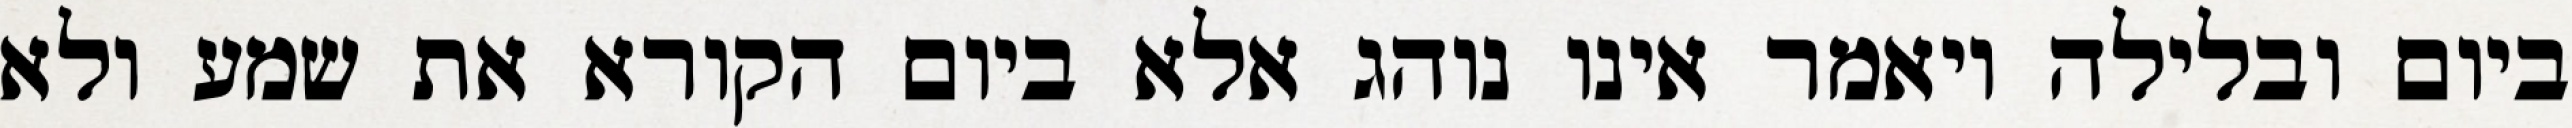
ביום ובלילה ויאמר אינו נוהג אלא ביום הקורא את שמע ולא